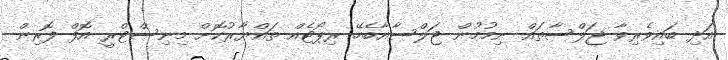
އަދި ބައިވެރިވާ ޖަލްސާތައް ނިމުމުން ޖަލްސާއާބެހޭ ރިޕޯޓެއް ތައްޔާރުކޮށް މިނިސްޓްރީ އޮފް ފޮރިން